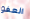
العفو